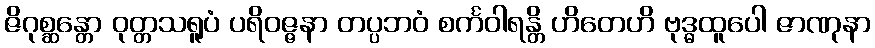
ဇိဂုစ္ဆန္တော ဝုတ္တသရူပံ ပရိဝဇ္ဇနာ တပ္ပဘဝံ စင်္ကဝါရန္တိ ဟိတေဟိ ဗုဒ္ဓထူပေါ ဇာဏုနာ